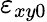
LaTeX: \varepsilon_{xy0}